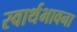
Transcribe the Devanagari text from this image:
स्वार्थभावना